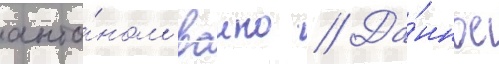
анто́ном ваино // Да́нное